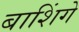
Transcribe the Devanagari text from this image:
बाशिंगे